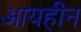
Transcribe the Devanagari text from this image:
आयहीन